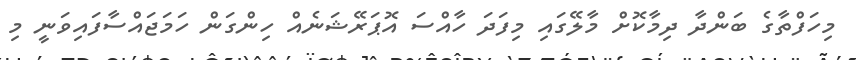
މިހަފްތާގެ ބަންދާ ދިމާކޮށް މާލޭގައި މިފަދަ ހާއްސަ އޮޕަރޭޝަނެއް ހިންގަން ހަމަޖައްސާފައިވަނީ މި